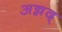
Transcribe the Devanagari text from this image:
अन्नद्